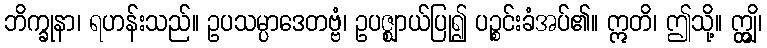
ဘိက္ခုနာ၊ ရဟန်းသည်။ ဥပသမ္ပာဒေတဗ္ဗံ၊ ဥပဇ္ဈာယ်ပြု၍ ပဉ္စင်းခံအပ်၏။ ဣတိ၊ ဤသို့။ ဣျွှိ၊